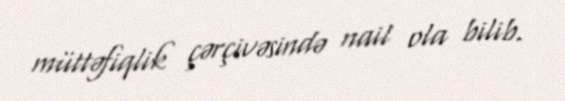
müttəfiqlik çərçivəsində nail ola bilib.